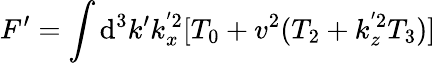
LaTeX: F^{\prime}=\int\mathrm{d}^{3}k^{\prime}k_{x}^{'2}[T_{0}+v^{2}(T_{2}+k_{z}^{'2}T_{3})]\,